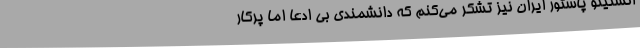
انستیتو پاستور ایران نیز تشکر می‌کنم که دانشمندی بی ادعا اما پرکار